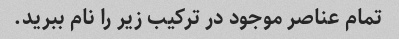
تمام عناصر موجود در ترکیب زیر را نام ببرید.